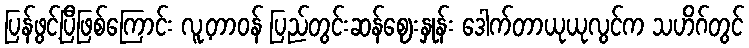
ပြန်ဖွင့်ပြီဖြစ်ကြောင်း လူ့တာဝန် ပြည်တွင်းဆန်ဈေးနှုန်း ဒေါက်တာယုယုလွင်က သဟိဂ်တွင်